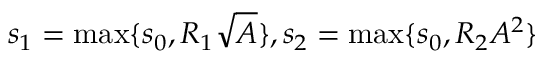
s _ { 1 } = \operatorname* { m a x } \{ s _ { 0 } , R _ { 1 } \sqrt { A } \} , s _ { 2 } = \operatorname* { m a x } \{ s _ { 0 } , R _ { 2 } A ^ { 2 } \}